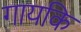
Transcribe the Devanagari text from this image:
गायकि